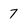
Character: 7